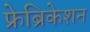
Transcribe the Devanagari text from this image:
फ्रेब्रिकेशन